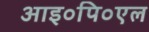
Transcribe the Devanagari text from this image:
आइ०पि०एल